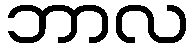
ဘာလ